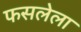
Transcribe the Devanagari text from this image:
फसलेला